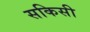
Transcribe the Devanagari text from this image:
सकिसी